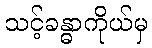
သင့်ခန္ဓာကိုယ်မှ